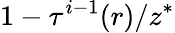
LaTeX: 1-\tau^{i-1}(r)/z^{*}